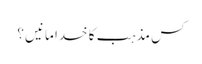
کس مذہب کا خدا مانیں ؟